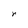
Character: r